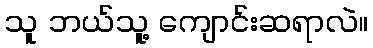
သူ ဘယ်သူ့ ကျောင်းဆရာလဲ။